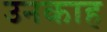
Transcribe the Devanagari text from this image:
उनकाह